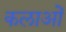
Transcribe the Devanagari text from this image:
कलाओें